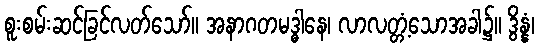
စူးစမ်းဆင်ခြင်လတ်သော်။ အနာဂတမဒ္ဓါနေ၊ လာလတ္တံ့သောအခါ၌။ ဒွိန္နံ၊